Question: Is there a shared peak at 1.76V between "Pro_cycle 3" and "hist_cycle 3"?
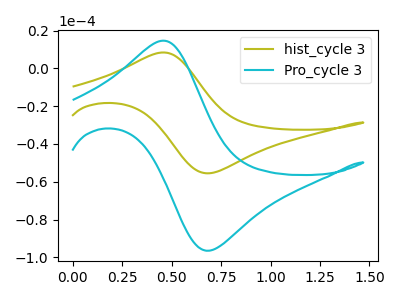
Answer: <think>The olive curve "hist_cycle 3" has an anodic peak at (0.45V, 8.45uA) and a cathodic peak at (0.70V, -55.45uA). The cyan curve "Pro_cycle 3" has an anodic peak at (0.45V, 14.70uA) and a cathodic peak at (0.70V, -96.45uA).</think>
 <answer>No, "Pro_cycle 3" and "hist_cycle 3" dont share a peak at 1.76V.</answer>
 <eval>mismatch</eval>